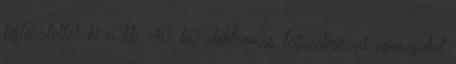
fejlesztették ki a kb. 40 kw elektromos teljesítményű egységeket